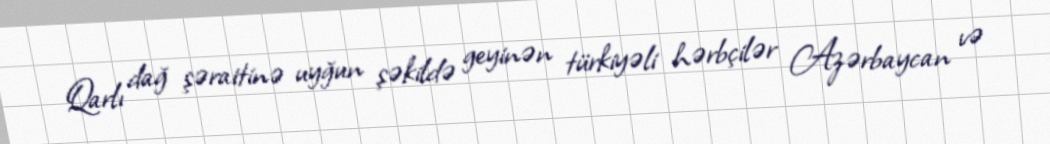
Qarlı dağ şəraitinə uyğun şəkildə geyinən türkiyəli hərbçilər Azərbaycan və